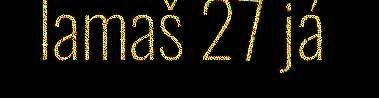
lamaš 27 já